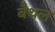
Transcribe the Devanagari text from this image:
बैथल